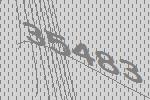
35483